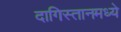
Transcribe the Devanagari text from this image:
दागिस्तानमध्ये